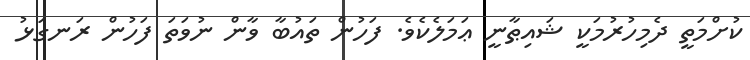
ކުށްމަތީ ދެމިހުރުމަކީ ޝައިޠާނީ ޢަމަލެކެވެ. ފަހުން ތައުބާ ވާން ނުވަތަ ފަހުން ރަނގަޅު